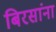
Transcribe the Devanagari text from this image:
बिरसांना